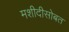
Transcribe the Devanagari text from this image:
मशीदीसोबत